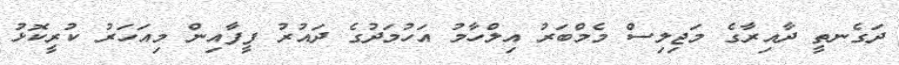
ދަގެނތީ ދާއިރާގެ މަޖިލިސް މެމްބަރު އިލްހާމު އަހުމަދުގެ ދައުރު ފީފާއިން މިއަހަރު ކުރީކޮޅު